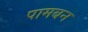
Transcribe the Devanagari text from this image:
पामबन